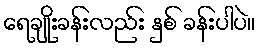
ရေချိုးခန်းလည်း နှစ် ခန်းပါပဲ။